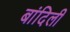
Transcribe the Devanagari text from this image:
बांदिली